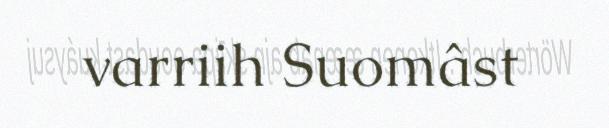
varriih Suomâst